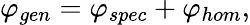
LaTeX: \varphi_{gen}=\varphi_{spec}+\varphi_{hom},